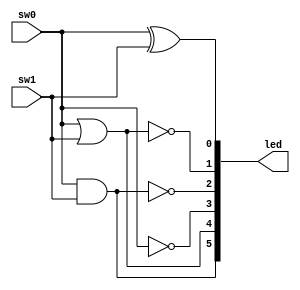
module kadai22_2(sw0, sw1, led);
    input sw0, sw1;
    output [5:0] led;

    assign led = {
        sw0 & sw1,
        sw0 | sw1,
        ~sw0,
        ~(sw0 & sw1),
        ~(sw0 | sw1),
        sw0 ^ sw1
    };

endmodule